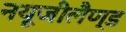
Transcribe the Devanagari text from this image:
नयूजीलैण्ड